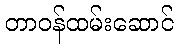
တာဝန်ထမ်းဆောင်